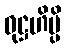
ဝုဋ္ဌဟိမ္ပိ